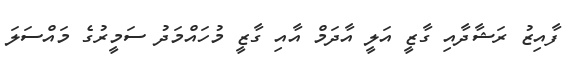
ފާއިޒު ރަޝާދާއި ގާޒީ އަލީ އާދަމް އާއި ގާޒީ މުހައްމަދު ސަމީރުގެ މައްސަލަ